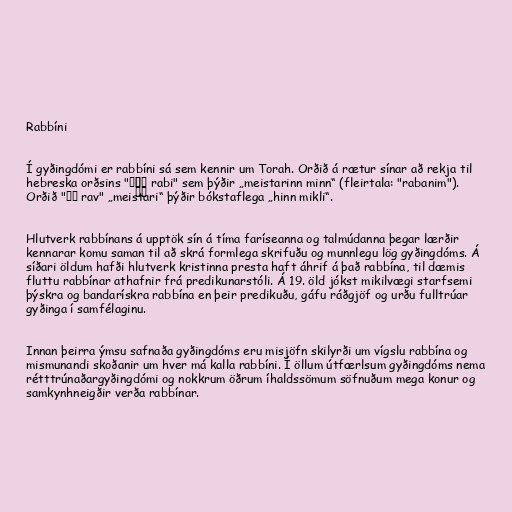
Rabbíni

Í gyðingdómi er rabbíni sá sem kennir um Torah. Orðið á rætur sínar að rekja til
hebreska orðsins "רַבִּי rabi" sem þýðir „meistarinn minn“ (fleirtala: "rabanim").
Orðið "רב rav" „meistari“ þýðir bókstaflega „hinn mikli“.

Hlutverk rabbínans á upptök sín á tíma faríseanna og talmúdanna þegar lærðir
kennarar komu saman til að skrá formlega skrifuðu og munnlegu lög gyðingdóms. Á
síðari öldum hafði hlutverk kristinna presta haft áhrif á það rabbína, til dæmis
fluttu rabbínar athafnir frá predikunarstóli. Á 19. öld jókst mikilvægi starfsemi
þýskra og bandarískra rabbína en þeir predikuðu, gáfu ráðgjöf og urðu fulltrúar
gyðinga í samfélaginu.

Innan þeirra ýmsu safnaða gyðingdóms eru misjöfn skilyrði um vígslu rabbína og
mismunandi skoðanir um hver má kalla rabbíni. Í öllum útfærlsum gyðingdóms nema
rétttrúnaðargyðingdómi og nokkrum öðrum íhaldssömum söfnuðum mega konur og
samkynhneigðir verða rabbínar.